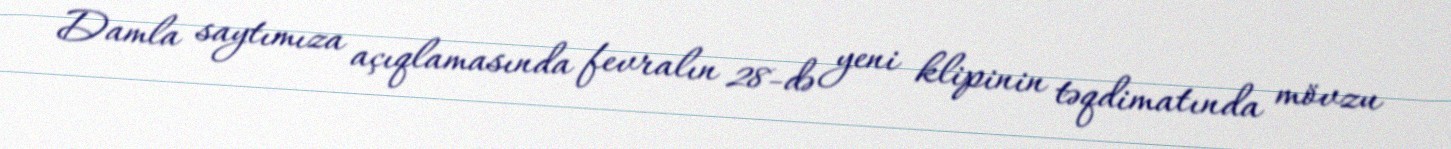
Damla saytımıza açıqlamasında fevralın 28-də yeni klipinin təqdimatında mövzu